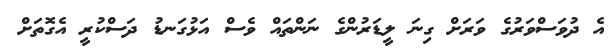
އެ ދުވަސްވަރުގެ ވަރަށް ގިނަ ލީޑަރުންގެ ނަންތައް ވެސް އަޅުގަނޑު ދަސްކުރީ އެގޮތަށް